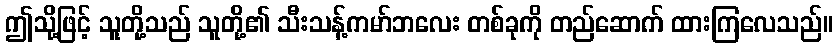
ဤသို့ဖြင့် သူတို့သည် သူတို့၏ သီးသန့်ကမာ်ဘလေး တစ်ခုကို တည်ဆောက် ထားကြလေသည်။